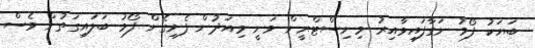
ބަޔަކު ފޯމު ނަގާފައިވާއިރު މިނިސްޓްރީން ވަނީ މިއަދުން ފެށިގެން ފޯމު ބަލައިގަތުން ވެސް